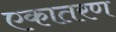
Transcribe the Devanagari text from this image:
एकातरण